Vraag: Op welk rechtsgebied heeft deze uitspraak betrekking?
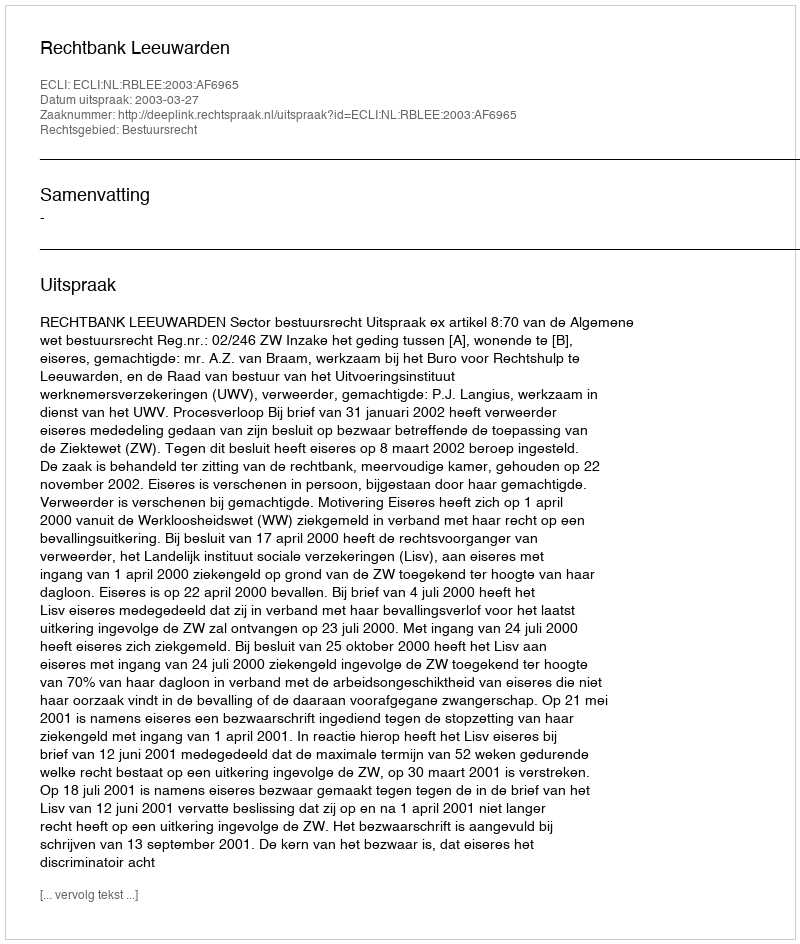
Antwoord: Bestuursrecht